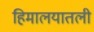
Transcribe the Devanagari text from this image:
हिमालयातली